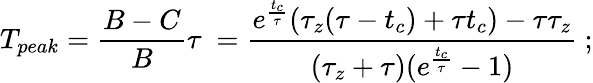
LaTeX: T_{peak}=\frac{B-C}{B}\tau~=\frac{e^{\frac{t_{c}}{\tau}}(\tau_{z}(\tau-t_{c})+\tau t_{c})-\tau\tau_{z}}{(\tau_{z}+\tau)(e^{\frac{t_{c}}{\tau}}-1)}~;